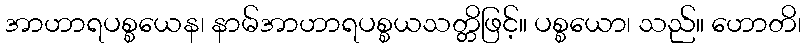
အာဟာရပစ္စယေန၊ နာမ်အာဟာရပစ္စယသတ္တိဖြင့်။ ပစ္စယော၊ သည်။ ဟောတိ၊